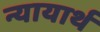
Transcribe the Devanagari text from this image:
न्यायार्थ